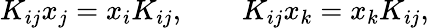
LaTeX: K_{ij}x_{j}=x_{i}K_{ij},\qquad K_{ij}x_{k}=x_{k}K_{ij},